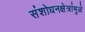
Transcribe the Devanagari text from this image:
संशोधनक्षेत्रांमुळे